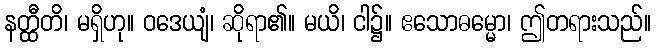
နတ္ထီတိ၊ မရှိဟု။ ဝဒေယျံ၊ ဆိုရာ၏။ မယိ၊ ငါ၌။ ဧသောဓမ္မော၊ ဤတရားသည်။